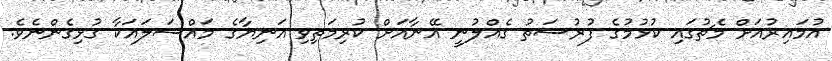
އުމައިރުއަށް މެޗުގައި ކުޅުމުގެ ފުރުސަތު ގެއްލުނީ އޭނާއަށް ކުރިމަތިވި އަނިޔާގެ މައްސަލައަކާ ގުޅިގެންނެވެ.